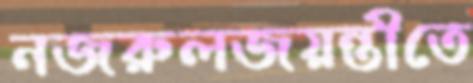
নজরুলজয়ন্তীতে